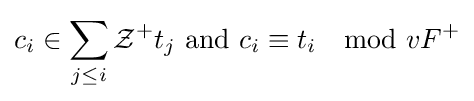
c_{i}\in \sum _{j\leq i}{\mathcal {Z}}^{+}t_{j}{\text{ and }}c_{i}\equiv t_{i}\mod vF^{+}